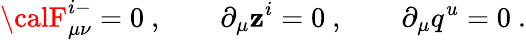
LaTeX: {\calF}_{\mu\nu}^{i-}=0\ ,\qquad\partial_{\mu}\mathbf{z}^{i}=0\ ,\qquad\partial_{\mu}q^{u}=0\ .